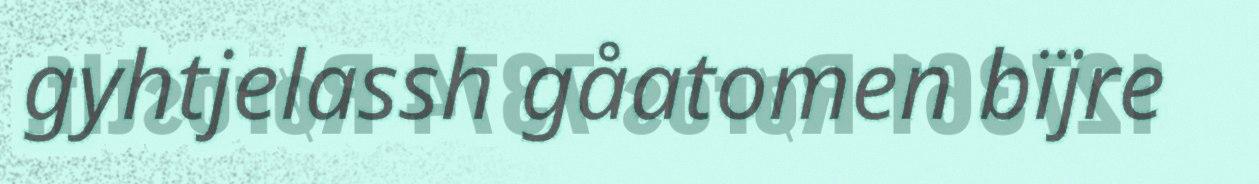
gyhtjelassh gåatomen bïjre